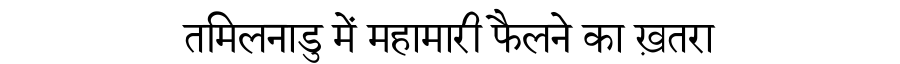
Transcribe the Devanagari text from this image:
तमिलनाडु में महामारी फैलने का ख़तरा